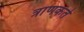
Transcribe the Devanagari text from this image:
त्राणकर्ते